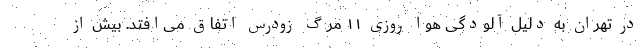
در تهران به دلیل آلودگی هوا روزی ۱۱ مرگ زودرس اتفاق می‌افتد. بیش از